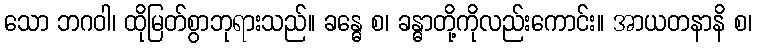
သော ဘဂဝါ၊ ထိုမြတ်စွာဘုရားသည်။ ခန္ဓေ စ၊ ခန္ဓာတို့ကိုလည်းကောင်း။ အာယတနာနိ စ၊